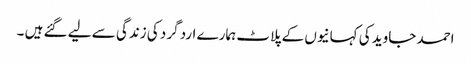
احمد جاوید کی کہانیوں کے پلاٹ ہمارے ارد گرد کی زندگی سے لیے گئے ہیں ۔